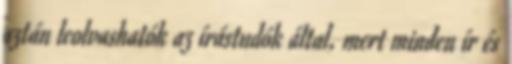
aztán leolvashatók az írástudók által, mert minden ír és